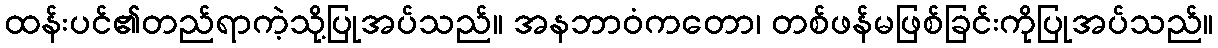
ထန်းပင်၏တည်ရာကဲ့သို့ပြုအပ်သည်။ အနဘာဝံကတော၊ တစ်ဖန်မဖြစ်ခြင်းကိုပြုအပ်သည်။